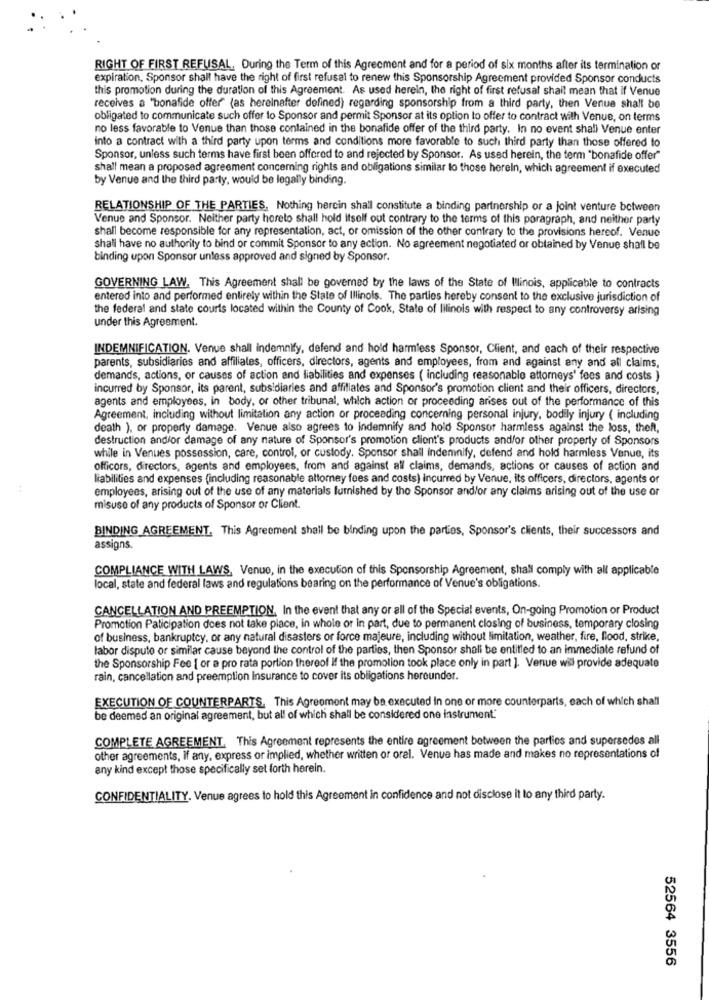
RIGHT OF FIRST REFUSAL. During the Term of this Agreement and for a period of six months after its termination or
expiration, Sponsor shall have the right of first refusal to renew this Sponsorship Agreement provided Sponsor conducts
this promotion during the duration of this Agreement. As used herein, the right of first refusal shall mean that if Venue
receives a "bonafide offer (as hereinafter defined) regarding sponsorship from a third party, then Venue shall be
obligated to communicate such offer to Sponsor and permit Sponsor at its option to offer to contract with Venue, on terms
no less favorable to Venue than those contained in the bonafide offer of the third party. In no event shali Venue enter
into a contract with a third party upon terms and conditions more favorable to such third party than those offered to
Sponsor, unless such terms have first been offered to and rejected by Sponsor. As used herein, the term "bonafide offer"
shall mean a proposed agreement conceming rights and obligations similar to those hereln, which agreement if executed
by Venue and the third party, would be legally binding.
RELATIONSHIP OF THE PARTIES, Nothing hercin shall constitute a binding partnership or a joint venture between
Venue and Sponsor. Neither party horeto shall hold Itself out contrary to the terms of this paragraph, and neither party
shall become responsible for any representation, act, or omission of the other contrary to the provisions hereof. Venue
shall have no authority to bind or commit Sponsor to any action. No agreement negotiated or obtained by Venue shall be
binding upon Sponsor unless approved and signed by Sponsor.
GOVERNING LAW. This Agreement shall be governed by the laws of the State of Illinois, applicable to contracts
entered into and performed entirely within the State of Illinois. The parties hereby consent to the exclusive jurisdiction of
the federal and state courts located within the County of Cook, State of lilinois with respect to any controversy arising
under this Agreement.
INDEMNIFICATION. Venue shall indemnify, defend and hold harmless Sponsor, Client, and each of their respective
parents, subsidiaries and affiliates, officers, directors, agents and employees, from and against any and all claims,
demands, actions, or causes of action and liabilities and expenses ( including reasonable attorneys' fees and costs )
incurred by Sponsor, its parent, subsidiaries and affiliates and Sponsor's promotion client and their officers, directors,
agents and employees, in body, or other tribunal, which action or proceeding arises out of the performance of this
Agreement, including without limitation any action or proceeding concerning personal injury, bodily injury ( including
death ), or property damage. Venue also agrees to Indemnify and hold Sponsor harmless against the loss, then,
destruction and/or damage of any nature of Sponsor's promotion client's products and/or other property of Sponsors
while in Venues possession, care, control, or custody. Sponsor shall indemnify, defend and hold harmless Venue, its
officors, directors, agents and employees, from and against all claims, demands, actions or causes of action and
liabilities and expenses (including reasonable attorney fees and costs) incurred by Venue, its officers, directors, agents or
employees, arising out of the use of any materials furnished by tho Sponsor and/or any claims arising out of the use or
misuse of any products of Sponsor or Client.
BINDING AGREEMENT. This Agreement shall be binding upon the parties, Sponsor's clients, their successors and
assigns.
COMPLIANCE WITH LAWS, Venue, in the execution of this Sponsorship Agreement, shall comply with all applicable
local, state and federal laws and regulations bearing on the performance of Venue's obligations.
CANCELLATION AND PREEMPTION, In the event that any or all of the Special events, On-going Promotion or Product
Promotion Paticipation does not take place, in whole or in part, due to permanent closing of business, temporary closing
of business, bankruptcy, or any natural disasters or force majeure, including without limitation, weather, fire, flood, strike,
labor dispute or similar cause beyond the control of the parties, then Sponsor shall be entitled to an immediate refund of
the Sponsorship Fee [ or a pro rata portion thereof If the promotion took place only in part ]. Venue wil provide adequate
rain, cancellation and preemption Insurance to cover its obligations hereunder.
EXECUTION OF COUNTERPARTS. This Agreement may be executed in one or more counterparts, each of which shall
be deemed an original agreement, but all of which shall be considered one instrument."
COMPLETE AGREEMENT. This Agreement represents the entire agreement between the parties and supersedes all
other agreements, if any, express or implied, whether written or oral. Venue has made and makes no representations of
any kind except those specifically set forth herein.
CONFIDENTIALITY. Venue agrees to hold this Agreement in confidence and not disclose it to any third party.
52564 3556